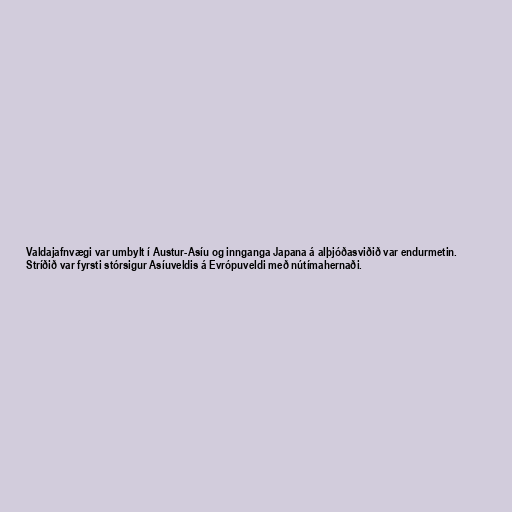
Valdajafnvægi var umbylt í Austur-Asíu og innganga Japana á alþjóðasviðið var endurmetin.
Stríðið var fyrsti stórsigur Asíuveldis á Evrópuveldi með nútímahernaði.